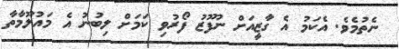
ނެތުމެވެ. އެކަމު އެ ގާޒީއަށް ނުފޫޒު ފޯރުވި ކަމަށް ލިބުނު އެ މައުލޫމާތާ